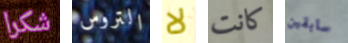
شكرا التروس لا كانت سابقين